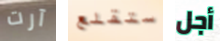
آرت ستقلع أجل